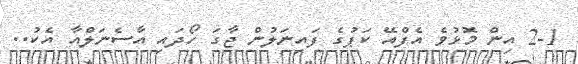
2-1 އިން މޮޅުވެ އެފްއޭ ކަޕުގެ ފައިނަލުން ޖާގަ ހޯދައި އާސެނަލްއާ އެކު..